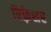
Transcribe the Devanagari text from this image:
रिफ़्रेशर